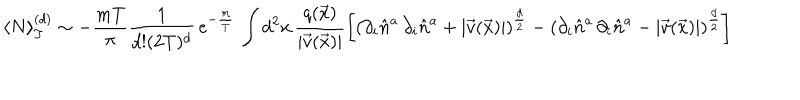
\langle N \rangle _ { T } ^ { ( d ) } \sim - \frac { m T } { \pi } \frac { 1 } { d ! ( 2 T ) ^ { d } } \, e ^ { - \frac { m } { T } } \, \int d ^ { 2 } x \, \frac { q ( \vec { x } ) } { | \vec { v } ( \vec { x } ) | } \left[ \left( \partial _ { i } \hat { n } ^ { a } \, \partial _ { i } \hat { n } ^ { a } + | \vec { v } ( \vec { x } ) | \right) ^ { \frac { d } { 2 } } - \left( \partial _ { i } \hat { n } ^ { a } \, \partial _ { i } \hat { n } ^ { a } - | \vec { v } ( \vec { x } ) | \right) ^ { \frac { d } { 2 } } \right]